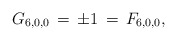
\begin{align*}G_{6,0,0}\,=\,\pm1\,=\,F_{6,0,0},\end{align*}